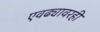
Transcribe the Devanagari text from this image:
एवढ्यावरही